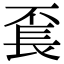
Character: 𨱥